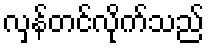
လှန်တင်လိုက်သည်